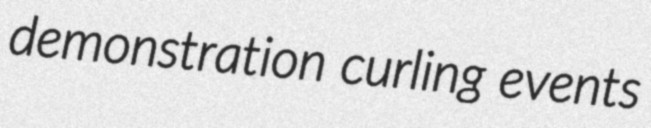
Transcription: demonstration curling events